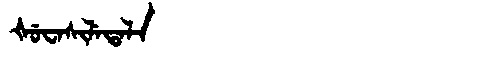
Manchu: ᡧᡠᠸᠠᠰᡳᠯᡝᡨᠠᠯᠠ
Romanization: ŠUWASILETALA